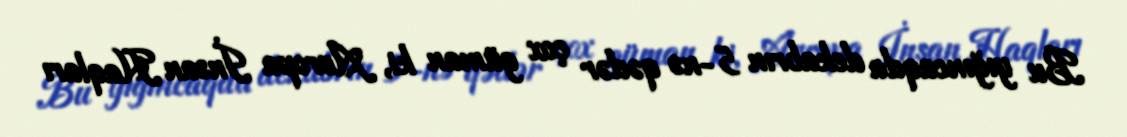
Bu yığıncaqda dekabrın 5-nə qədər çox güman ki, Avropa İnsan Haqları